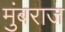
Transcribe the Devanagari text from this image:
मुंबराज